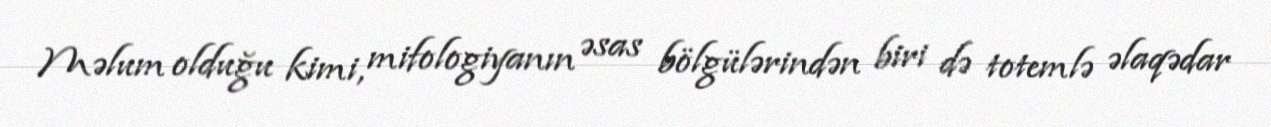
Məlum olduğu kimi, mifologiyanın əsas bölgülərindən biri də totemlə əlaqədar